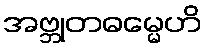
အဗ္ဘုတဓမ္မေဟိ